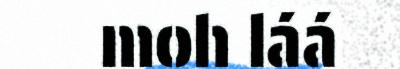
moh láá